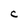
Character: C